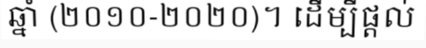
ឆ្នាំ (២០១០-២០២០)។ ដើម្បីផ្តល់